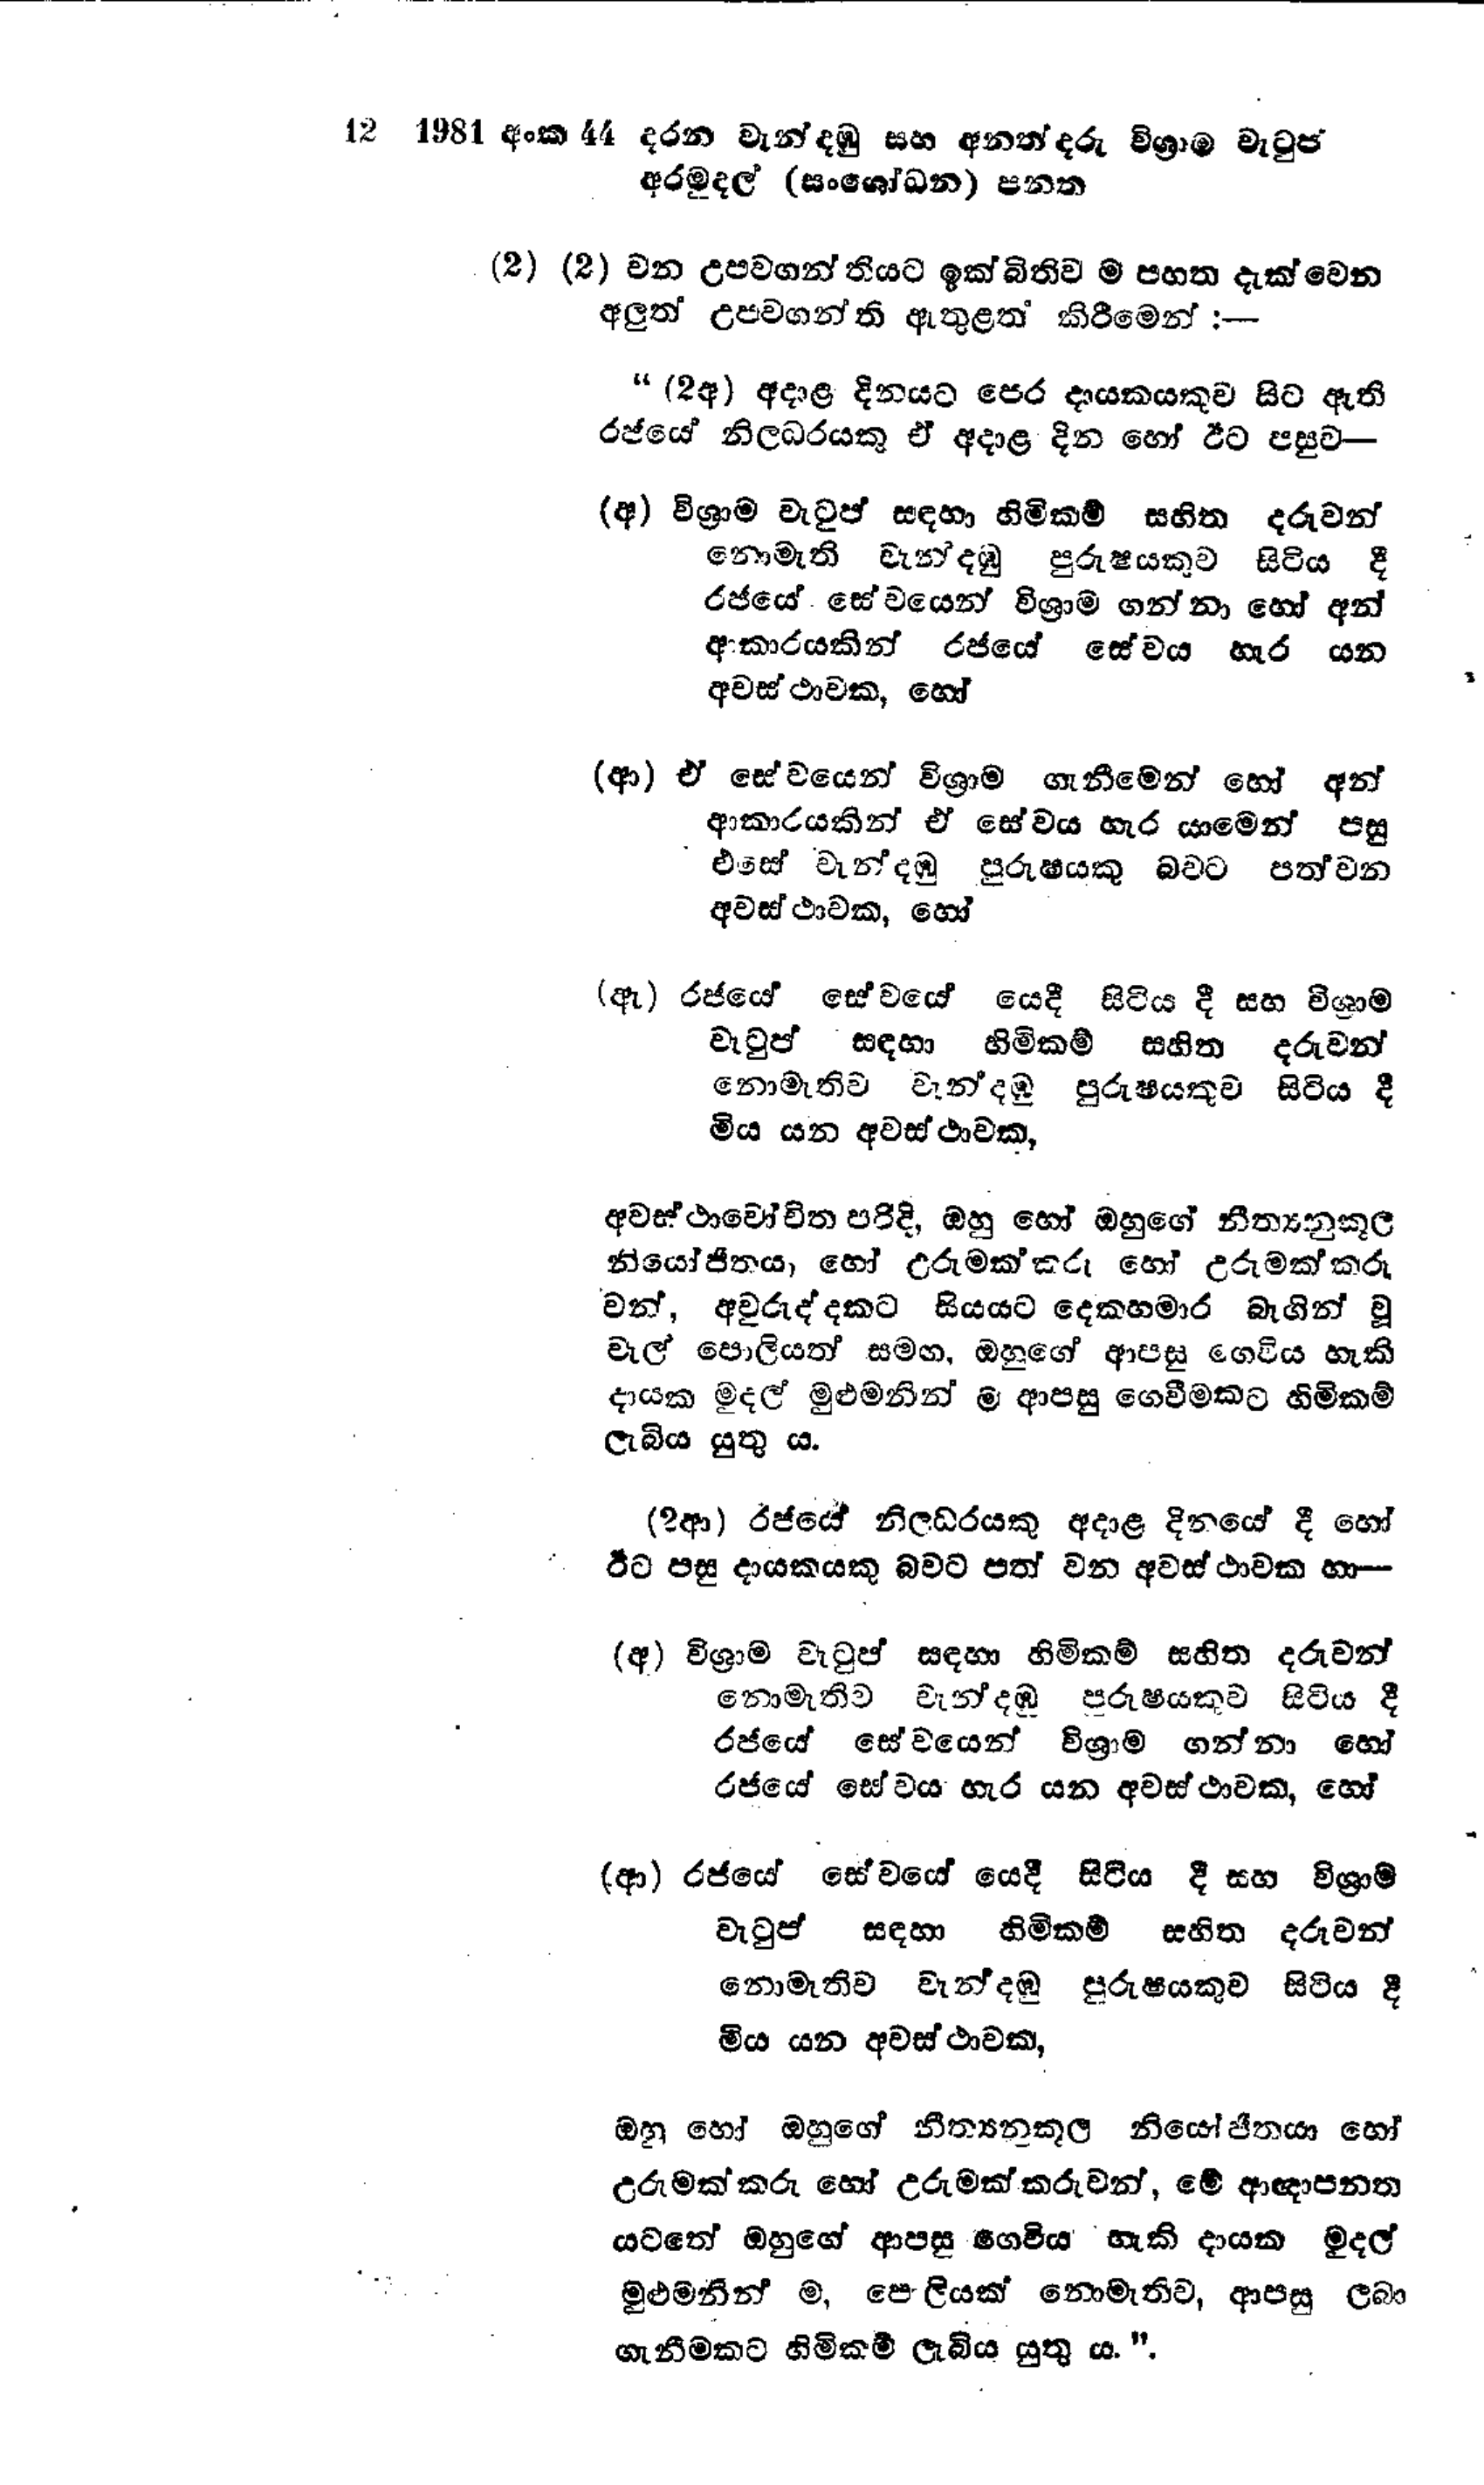
12 	1981 අංක 44 දරන වැන්දඹු සහ අනත්දරු විශ්‍රාම වැටුප්
අරමුදල් (සංශෝධන) පනත

(2) (2) වන උපවගන්තියට ඉක්බිතිව ම පහත දැක්වෙන
අලුත් උපවගන්ති ඇතුළත් කිරීමෙන් :-

"(2අ) අදාළ දිනයට පෙර දායකයකුව සිට ඇති
රජයේ නිලධරයකු ඒ අදාළ දින හෝ ඊට පසුව -

(අ) විශ්‍රාම වැටුප් සඳහා හිමිකම් සහිත දරුවන්
නොමැති වැන්දඹු පුරුෂයකුව සිටිය දී
රජයේ සේවයෙන් විශ්‍රාම ගන්නා හෝ අන්
ආකාරයකින් රජයේ සේවය හැර යන
අවස්ථාවක, හෝ

(ආ) ඒ සේවයෙන් විශ්‍රාම ගැනීමෙන් හෝ අන්
ආකාරයකින් ඒ සේවය හැර යාමෙන් පසු
එසේ වැන්දඹු පුරුෂයකු බවට පත්වන
අවස්ථාවක, හෝ

(ඇ) රජයේ සේවයේ යෙදී සිටියදී සහ විශ්‍රාම
වැටුප් සඳහා හිමිකම් සහිත දරුවන්
නොමැතිව වැන්දඹු පුරුෂයකුව සිටිය දී
මිය යන අවස්ථාවක,

අවස්ථාවෝචිත පරිදි, ඔහු හෝ ඔහුගේ නීත්‍යනුකූල
නියෝජිතය, හෝ උරුමක්කරු හෝ උරුමක්කරු
වන්, අවුරුද්දකට සියයට දෙකහමාර බැගින් වූ
වැල් පොලියත් සමඟ, ඔහුගේ ආපසු ගෙවිය හැකි
දායක මුදල් මුළුමනින් ම ආපසු ගෙවීමකට හිමිකම්
ලැබිය යුතු ය.

(2ආ) රජයේ නිලධරයකු අදාළ දිනයේ දී හෝ
ඊට පසු දායකයකු බවට පත් වන අවස්ථාවක හා -

(අ) විශ්‍රාම වැටුප් සඳහා හිමිකම් සහිත දරුවන්
නොමැතිව වැන්දඹු පුරුෂයකුව සිටිය දී
රජයේ සේවයෙන් විශ්‍රාම ගන්නා හෝ
රජයේ සේවය හැර යන අවස්ථාවක, හෝ

(ආ) රජයේ සේවයේ යෙදී සිටිය දී සහ විශ්‍රාම
වැටුප් සඳහා හිමිකම් සහිත දරුවන්
නොමැතිව වැන්දඹු පුරුෂයකුව සිටිය දී
මිය යන අවස්ථාවක,

ඔහු හෝ ඔහුගේ නීත්‍යනුකූල නියෝජිතයා හෝ
උරුමක්කරු හෝ උරුමක්කරුවන්, මේ ආඥාපනත
යටතේ ඔහුගේ ආපසු ගෙවිය හැකි දායක මුදල්
මුළුමනින් ම, පොලියක් නොමැතිව, ආපසු ලබා
ගැනීමකට හිමිකම් ලැබිය යුතුය.".